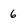
Character: 6